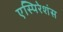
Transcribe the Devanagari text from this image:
एस्पिरेशंस